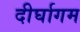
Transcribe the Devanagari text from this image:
दीर्घागम